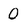
Character: 0